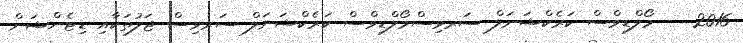
2016  - މޯލްޑިވްސް ކަރެކްޝަނަލް ސަރވިސްމޯލްޑިވްސް ކަރެކްޝަނަލް ސަރވިސް ޖަލުތަކާއި ޑިޓެންޝަން